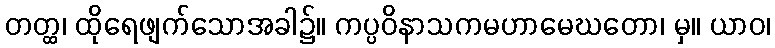
တတ္ထ၊ ထိုရေဖျက်သောအခါ၌။ ကပ္ပဝိနာသကမဟာမေဃတော၊ မှ။ ယာဝ၊